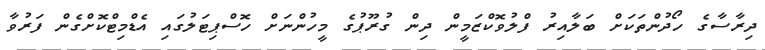
ދިރާސާގެ ހޯދުންތަކަށް ބަލާއިރު ފްލުވޮކްޒަމީން ދިން ގުރޫޕުގެ މީހުންނަށް ހޮސްޕިޓަލުގައި އެޑްމިޓްކޮށްގެން ފަރުވާ